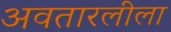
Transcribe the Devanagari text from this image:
अवतारलीला